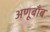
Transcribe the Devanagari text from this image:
अणूबाँब